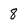
Character: 8